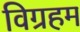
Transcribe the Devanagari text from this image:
विग्रहम